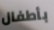
بأطفال